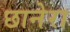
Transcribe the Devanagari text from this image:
छानेरा